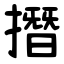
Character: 撍